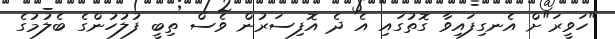
"ހަވީރަ"ށް އެނގިފައިވާ ގޮތުގައި އެ ދެ އޮފިސަރުން ވެސް ތިބީ ފުލުހުންގެ ބެލުމުގެ